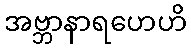
အဗ္ဘာနာရဟေဟိ